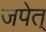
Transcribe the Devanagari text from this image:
जपेत्